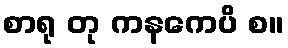
စာရု တု ကနကေပိ စ။